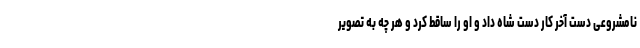
نامشروعی دست آخر کار دست شاه داد و او را ساقط کرد و هر چه به تصویر